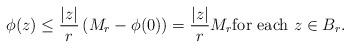
LaTeX: \begin{align*} \phi(z) \le \frac{|z|}{r} \left(M_r - \phi(0)\right) = \frac{|z|}{r}M_r \hbox{for each $z \in B_r$.}\end{align*}